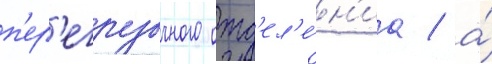
п'ер'егрузочного отд'ел'е́н'иа / а́